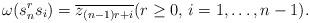
LaTeX: \begin{align*}\omega(s_n^{r}s_i)=\overline{z_{(n-1)r+i}}(r\geq 0,\,i=1,\ldots,n-1).\end{align*}